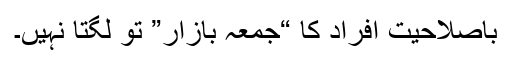
باصلاحیت افراد کا “جمعہ بازار” تو لگتا نہیں۔